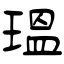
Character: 瑥